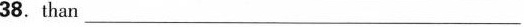
38. than ___